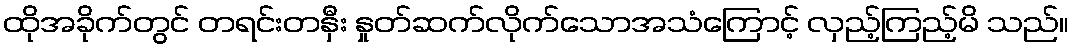
ထိုအခိုက်တွင် တရင်းတနှီး နှုတ်ဆက်လိုက်သောအသံကြောင့် လှည့်ကြည့်မိ သည်။